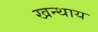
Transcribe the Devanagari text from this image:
खन्थाय